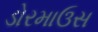
ડોરમાઉસ